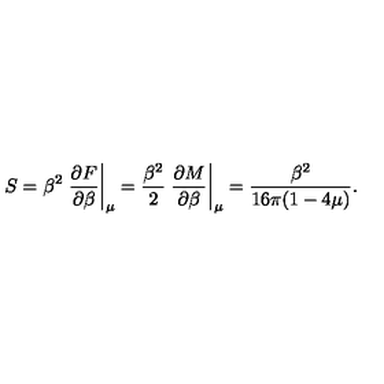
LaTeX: S = \beta ^ { 2 } \left. { \frac { \partial F } { \partial \beta } } \right| _ { \mu } = { \frac { \beta ^ { 2 } } { 2 } } \left. { \frac { \partial M } { \partial \beta } } \right| _ { \mu } = { \frac { \beta ^ { 2 } } { 1 6 \pi ( 1 - 4 \mu ) } } .